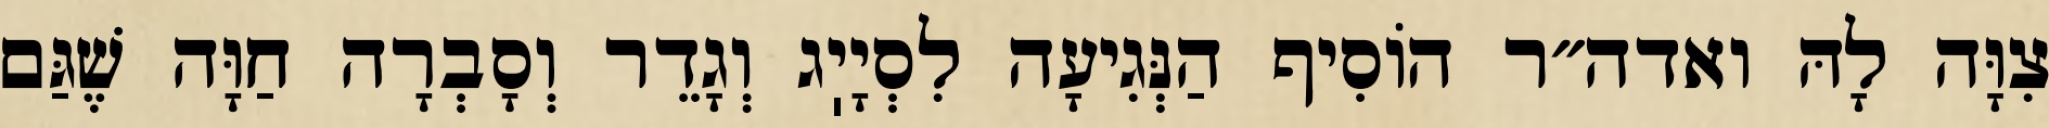
צִוָּה לָהּ ואדה״ר הוֹסִיף הַנְּגִיעָה לִסְיָיֽג וְגָדֵר וְסָבְרָה חַוָּה שֶׁגַּם